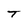
Character: T